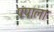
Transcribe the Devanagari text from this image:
पंपाला